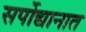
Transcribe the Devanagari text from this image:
सर्पोद्यानात